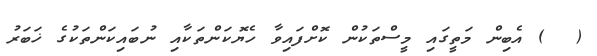
(  ) އެބިން މަތީގައި މީސްތަކުން ކޮށްފައިވާ ހެޔޮކަންތަކާއި ނުބައިކަންތަކުގެ ޚަބަރު